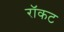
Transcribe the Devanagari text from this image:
रॉकट